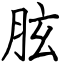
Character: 胘